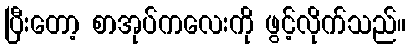
ပြီးတော့ စာအုပ်ကလေးကို ဖွင့်လိုက်သည်။